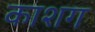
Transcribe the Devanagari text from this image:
काशग